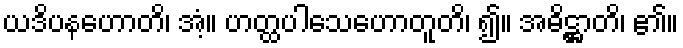
ယဒိပနဟောတိ၊ အံ့။ ဟတ္ထပါသေဟောတူတိ၊ ၍။ အဓိဋ္ဌာတိ၊ ၏။